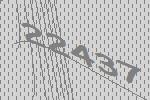
22437